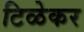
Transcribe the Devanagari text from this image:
टिळेकर